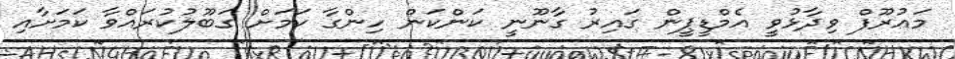
މައުރޫފް ވިދާޅުވީ އެމްޑީޕީން ގައިރު ގާނޫނީ ކަންކަން ހިންގާ ކަމަށް ގަބޫލުކުރައްވާ ކަމަށާއި